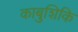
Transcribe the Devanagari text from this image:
काबुशिकि